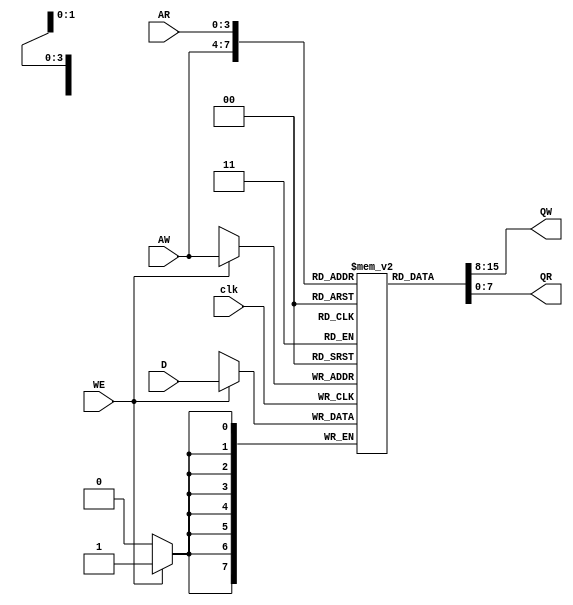
module myRAM16X8D_1(D,WE,clk,AW,AR,QW,QR);
   input  [7:0]  D;
   input          WE,clk;
   input  [3:0]  AW;
   input  [3:0]  AR;
   output [7:0]  QW;
   output [7:0]  QR;
   reg    [7:0]  ram [0:15];
   always @ (negedge clk) if (WE) ram[AW] <= D; 
   assign   QW= ram[AW];
   assign   QR= ram[AR];
endmodule